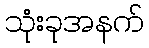
သုံးခုအနက်